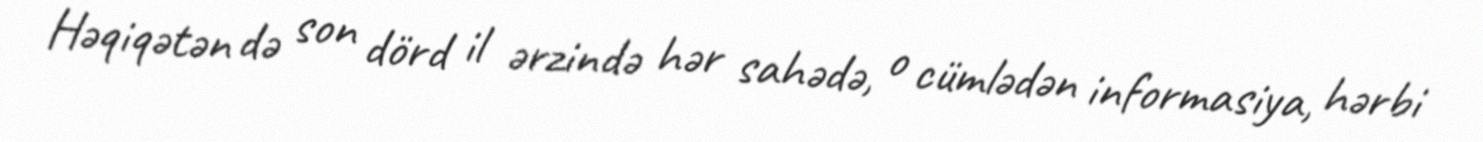
Həqiqətən də son dörd il ərzində hər sahədə, o cümlədən informasiya, hərbi